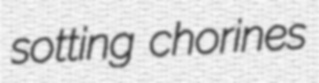
sotting chorines